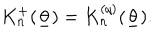
LaTeX: K _ { n } ^ { + } ( \underline { { { \theta } } } ) = K _ { n } ^ { ( q ) } ( \underline { { { \theta } } } ) .